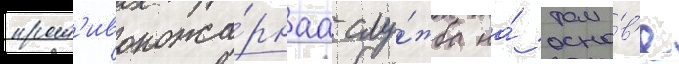
прот'ивопожа́рнаа слу́жба на́ осно́в'е